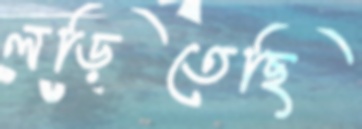
লড়িতেছি